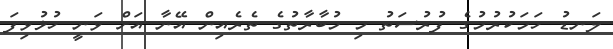
ލަނޑު ހަމަކުރުމުގެ ފުރުސަތު މި މުބާރާތުގެ ތެރެއިން އޭނާ އަށް ވަނީ ހުޅުވިފަ